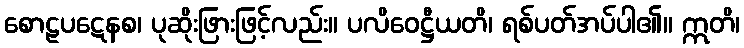
စောဠပဋေနစ၊ ပုဆိုးဖြားဖြင့်လည်း။ ပလိဝေဋ္ဌီယတိ၊ ရစ်ပတ်အပ်ပါ၏။ ဣတိ၊